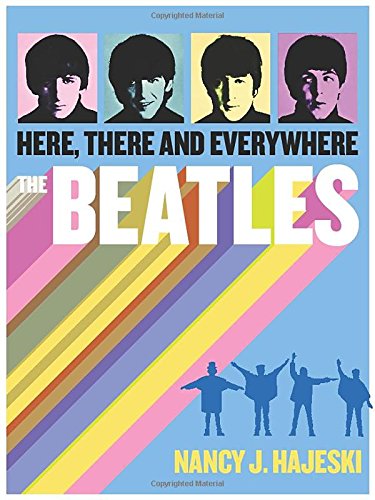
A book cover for Beatles: Here, There, and Everywhere; Nancy J. Hajeski; Humor & Entertainment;